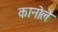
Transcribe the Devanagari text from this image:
कानोले